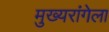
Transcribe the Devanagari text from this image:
मुख्यरांगेला